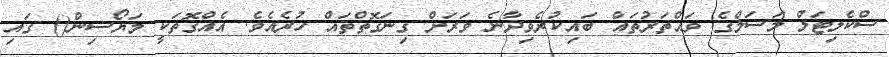
ސްކެލިޓަލް މަސަލްގެ ވައްތަރުތައް ބައިކުރެވިދާނެ ވަރަށް ގިނަގޮތްތައް ހުރެއެވެ. އެއްގޮތަކީ މަޔޯސިން() ގައި